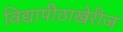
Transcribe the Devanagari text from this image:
विद्यापीठाखेरीज